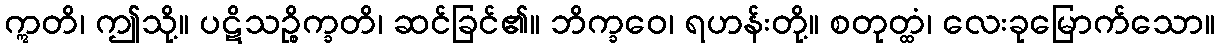
ဣတိ၊ ဤသို့။ ပဋိသဉ္စိက္ခတိ၊ ဆင်ခြင်၏။ ဘိက္ခဝေ၊ ရဟန်းတို့။ စတုတ္ထံ၊ လေးခုမြောက်သော။